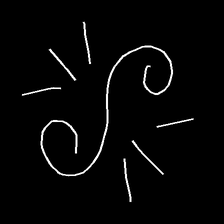
Glyph: wind-directs-air